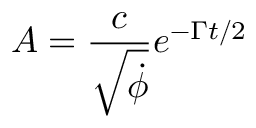
A = \frac { c } { \sqrt { \dot { \phi } } } e ^ { - \Gamma t / 2 }